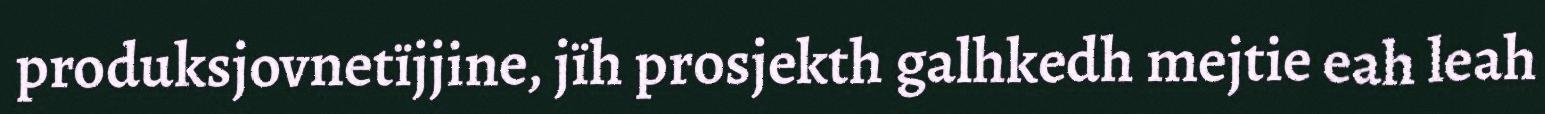
produksjovnetïjjine, jïh prosjekth galhkedh mejtie eah leah